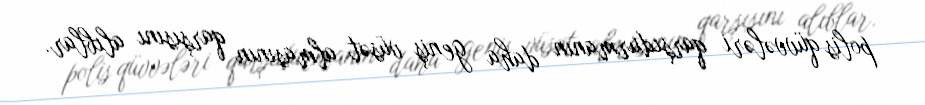
polis qüvvələri qarşıdurmanın daha geniş vüsət almasının qarşısını alıblar.